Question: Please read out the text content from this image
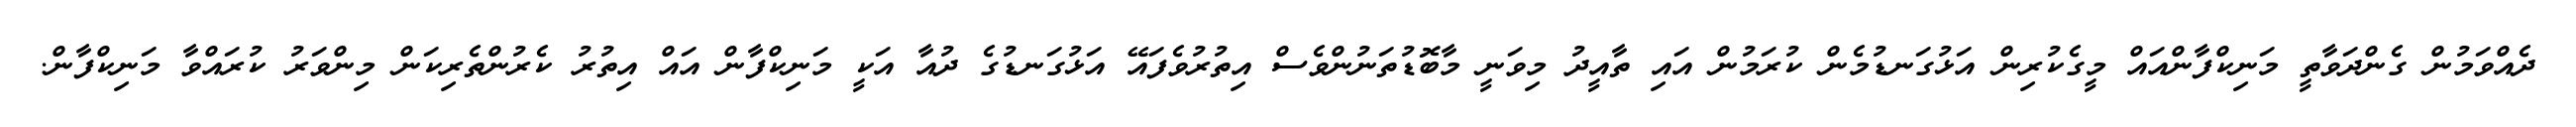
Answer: ދެއްވަމުން ގެންދަވާތީ މަނިކްފާންއައް މީގެކުރިން އަޅުގަނޑުމެން ކުރަމުން އައި ތާއީދު މިވަނީ މާބޮޑުތަނުންވެސް އިތުރުވެފައޭ އަޅުގަނޑުގެ ދުއާ އަކީ މަނިކްފާން އައް އިތުރު ކެރުންތެރިކަން މިންވަރު ކުރައްވާ މަނިކްފާން.